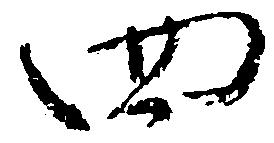
四